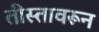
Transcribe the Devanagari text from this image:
तीस्तावरून